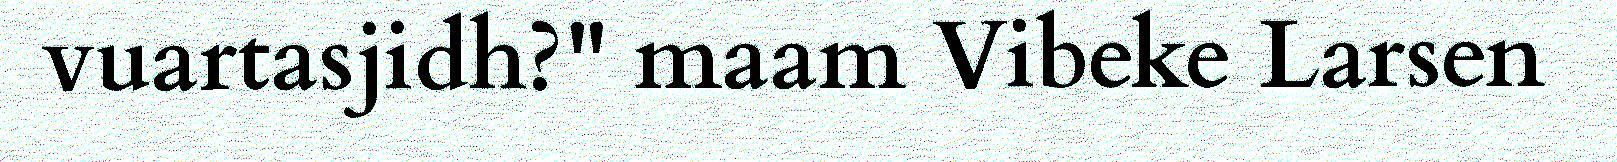
vuartasjidh?" maam Vibeke Larsen